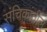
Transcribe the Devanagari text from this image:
संचिकांतील